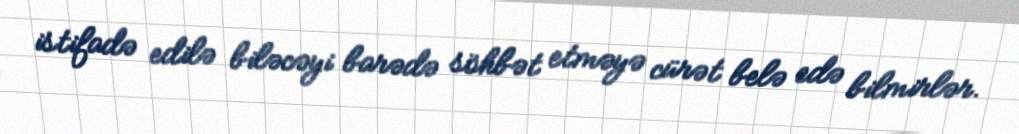
istifadə edilə biləcəyi barədə söhbət etməyə cürət belə edə bilmirlər.